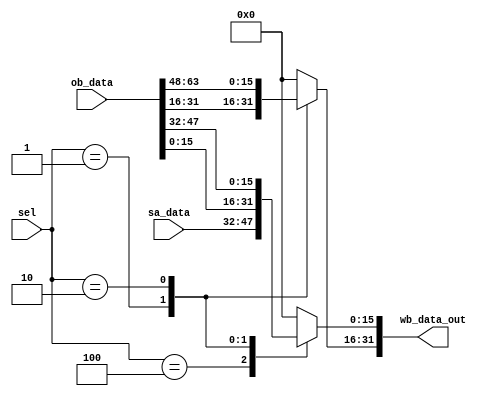
module SA_OB_mux #(
	parameter WIDTH_SA = 16,
	parameter WIDTH_OB = 64,
	parameter WIDTH_WB_OUT = 32

)(
	input [2:0]sel,
	input [WIDTH_SA-1 : 0] sa_data,
	input [WIDTH_OB-1 : 0] ob_data,
	output reg [WIDTH_WB_OUT-1:0] wb_data_out );   // RICHA : The elaborator necessitates this to be a reg, but it shouldnt be as per logic.
	
	always @(*)
	begin
		case(sel)
			3'b100 :
			begin	
				wb_data_out[15:0] = sa_data;
				wb_data_out[31:16] = 16'd0;
			end
			3'b001:
				wb_data_out = ob_data[31:0];
			3'b010:
				wb_data_out = ob_data[63:32];
			default:
				wb_data_out = 32'd0;
		endcase
	end
endmodule